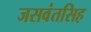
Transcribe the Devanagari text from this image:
जसवंतसिह